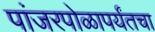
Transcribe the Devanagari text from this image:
पांजरपोळापर्यंतचा